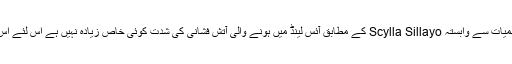
جنیوا میں قائم بین الاقوامی ادارہ برائے موسمیات سے وابستہ Scylla Sillayo کے مطابق آئس لینڈ میں ہونے والی آتش فشانی کی شدت کوئی خاص زیادہ نہیں ہے اس لئے اس کے اثرات بھی کوئی خاص نہیں ہوں گے۔